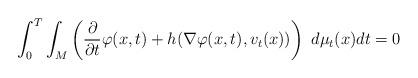
LaTeX: \begin{align*}\int_0^T\int_M\left(\frac{\partial}{\partial t}\varphi(x,t)+h(\nabla\varphi(x,t),v_t(x))\right)\ d\mu_t(x)dt =0\end{align*}